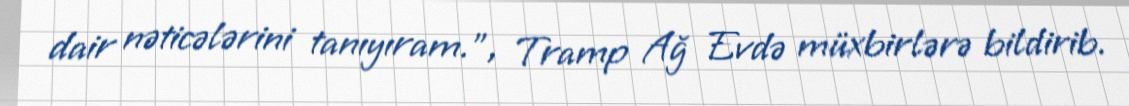
dair nəticələrini tanıyıram.”, Tramp Ağ Evdə müxbirlərə bildirib.